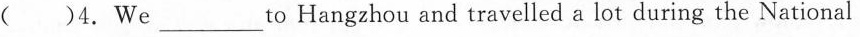
( )4.We___to Hangzhou and travelled a lot during the National